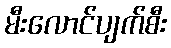
မီးလောင်ပျက်စီး